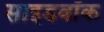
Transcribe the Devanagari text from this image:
साइडवॉक